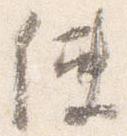
使